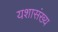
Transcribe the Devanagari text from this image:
यशासंख्य